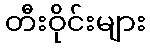
တီးဝိုင်းများ